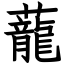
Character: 蘢